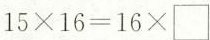
$$1 5 \times 1 6 = 1 6 \times \Box$$